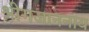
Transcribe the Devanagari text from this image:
श्रीगजाननाय